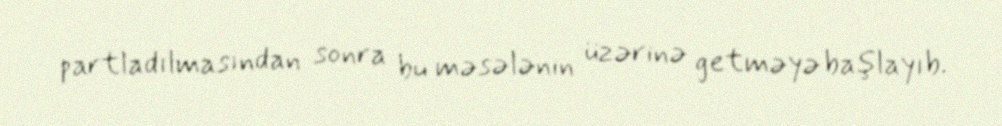
partladılmasından sonra bu məsələnin üzərinə getməyə başlayıb.